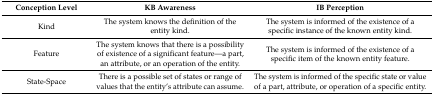
| Conception Level | KB Awareness | IB Perception |
 | --- | --- | --- |
 | Kind | The system knows the definition of the entity kind. | The system is informed of the existence of a specific instance of the known entity kind. |
 | Feature | The system knows that there is a possibility of existence of a significant feature—a part, an attribute, or an operation of the entity. | The system is informed of the existence of a specific item of the known entity feature. |
 | State-Space | There is a possible set of states or range of values that the entity’s attribute can assume. | The system is informed of the specific state or value of a part, attribute, or operation of a specific entity. |